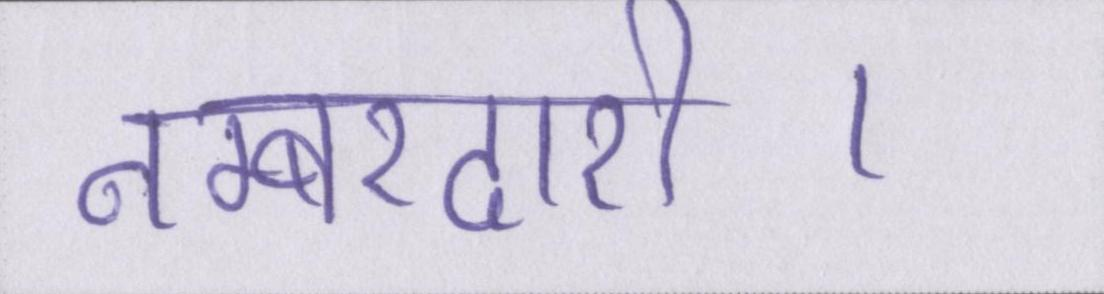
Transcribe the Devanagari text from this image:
नम्बरदारी।